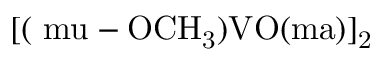
\mathrm { \small { [ ( \ m u - O C H _ { 3 } ) V O ( m a ) ] _ { 2 } } }